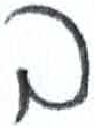
אות: ב